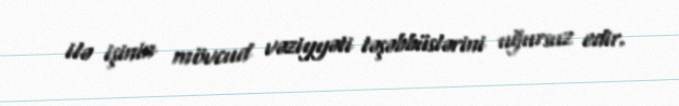
ilə işinin mövcud vəziyyəti təşəbbüslərini uğursuz edir.